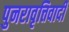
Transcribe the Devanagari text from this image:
पुनरावृत्तिवादी